Problem: 41 + 49 = ?
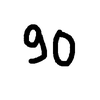
Handwritten answer: 90